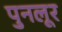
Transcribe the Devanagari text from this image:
पुनलूर